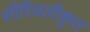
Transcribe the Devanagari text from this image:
सीरियलीकृत